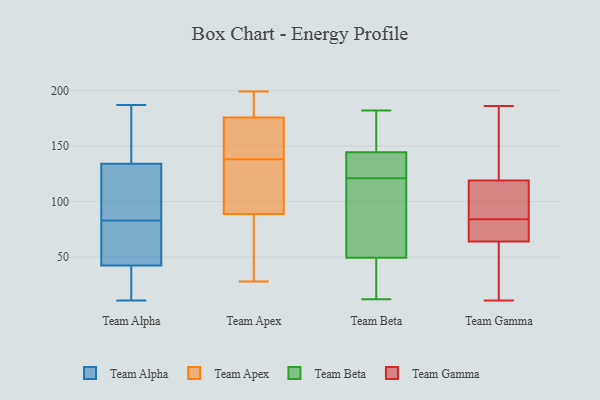
{"axis": {"x": "Humidity (%)", "y": "Value"}, "legend": ["Team Alpha", "Team Apex", "Team Beta", "Team Gamma"], "data": [{"x": "", "y": 46, "type": "Team Alpha"}, {"x": "", "y": 92, "type": "Team Alpha"}, {"x": "", "y": 96, "type": "Team Alpha"}, {"x": "", "y": 48, "type": "Team Alpha"}, {"x": "", "y": 187, "type": "Team Alpha"}, {"x": "", "y": 165, "type": "Team Alpha"}, {"x": "", "y": 14, "type": "Team Alpha"}, {"x": "", "y": 84, "type": "Team Alpha"}, {"x": "", "y": 82, "type": "Team Alpha"}, {"x": "", "y": 43, "type": "Team Alpha"}, {"x": "", "y": 118, "type": "Team Alpha"}, {"x": "", "y": 182, "type": "Team Alpha"}, {"x": "", "y": 150, "type": "Team Alpha"}, {"x": "", "y": 42, "type": "Team Alpha"}, {"x": "", "y": 32, "type": "Team Alpha"}, {"x": "", "y": 11, "type": "Team Alpha"}, {"x": "", "y": 151, "type": "Team Apex"}, {"x": "", "y": 28, "type": "Team Apex"}, {"x": "", "y": 150, "type": "Team Apex"}, {"x": "", "y": 184, "type": "Team Apex"}, {"x": "", "y": 128, "type": "Team Apex"}, {"x": "", "y": 199, "type": "Team Apex"}, {"x": "", "y": 190, "type": "Team Apex"}, {"x": "", "y": 84, "type": "Team Apex"}, {"x": "", "y": 37, "type": "Team Apex"}, {"x": "", "y": 103, "type": "Team Apex"}, {"x": "", "y": 138, "type": "Team Apex"}, {"x": "", "y": 143, "type": "Team Beta"}, {"x": "", "y": 119, "type": "Team Beta"}, {"x": "", "y": 49, "type": "Team Beta"}, {"x": "", "y": 181, "type": "Team Beta"}, {"x": "", "y": 105, "type": "Team Beta"}, {"x": "", "y": 121, "type": "Team Beta"}, {"x": "", "y": 12, "type": "Team Beta"}, {"x": "", "y": 51, "type": "Team Beta"}, {"x": "", "y": 46, "type": "Team Beta"}, {"x": "", "y": 34, "type": "Team Beta"}, {"x": "", "y": 182, "type": "Team Beta"}, {"x": "", "y": 123, "type": "Team Beta"}, {"x": "", "y": 122, "type": "Team Beta"}, {"x": "", "y": 180, "type": "Team Beta"}, {"x": "", "y": 145, "type": "Team Beta"}, {"x": "", "y": 63, "type": "Team Gamma"}, {"x": "", "y": 21, "type": "Team Gamma"}, {"x": "", "y": 140, "type": "Team Gamma"}, {"x": "", "y": 109, "type": "Team Gamma"}, {"x": "", "y": 67, "type": "Team Gamma"}, {"x": "", "y": 86, "type": "Team Gamma"}, {"x": "", "y": 110, "type": "Team Gamma"}, {"x": "", "y": 82, "type": "Team Gamma"}, {"x": "", "y": 11, "type": "Team Gamma"}, {"x": "", "y": 50, "type": "Team Gamma"}, {"x": "", "y": 186, "type": "Team Gamma"}, {"x": "", "y": 128, "type": "Team Gamma"}, {"x": "", "y": 97, "type": "Team Gamma"}, {"x": "", "y": 65, "type": "Team Gamma"}, {"x": "", "y": 182, "type": "Team Gamma"}, {"x": "", "y": 66, "type": "Team Gamma"}]}